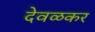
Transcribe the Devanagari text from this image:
देवळकर